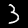
Label: 3